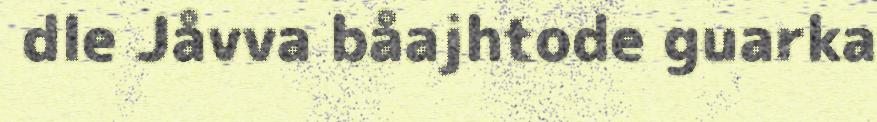
dle Jåvva båajhtode guarka